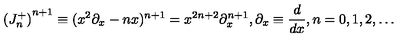
{ ( J _ { n } ^ { + } ) } ^ { n + 1 } \equiv ( x ^ { 2 } \partial _ { x } - n x ) ^ { n + 1 } = x ^ { 2 n + 2 } \partial _ { x } ^ { n + 1 } , \partial _ { x } \equiv { \frac { d } { d x } } , n = 0 , 1 , 2 , \ldots